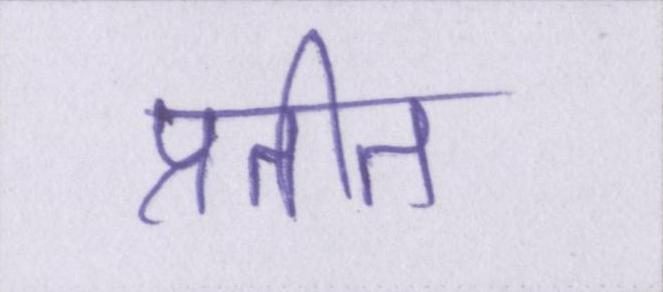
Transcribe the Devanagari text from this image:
प्रतीत